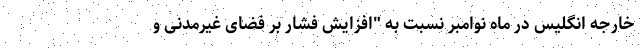
خارجه انگلیس در ماه نوامبر نسبت به "افزایش فشار بر فضای غیرمدنی و